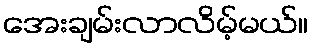
အေးချမ်းလာလိမ့်မယ်။